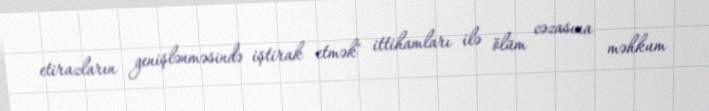
etirazların genişlənməsində iştirak etmək" ittihamları ilə ölüm cəzasına məhkum